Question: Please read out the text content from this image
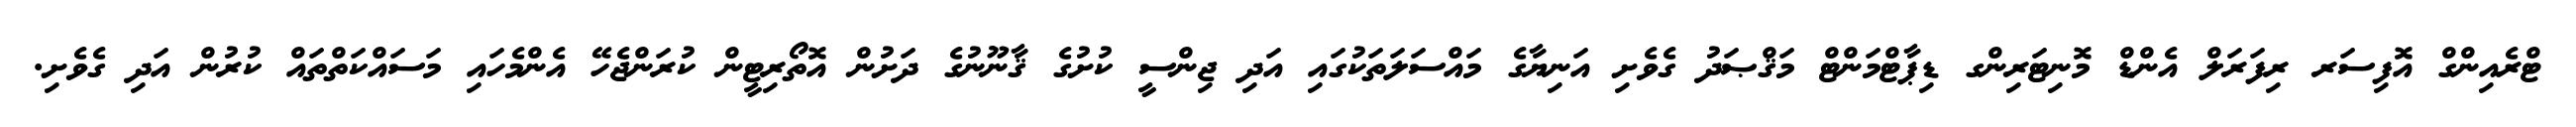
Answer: ޓްރެއިންގް އޮފިސަރ ރިފަރަލް އެންޑް މޮނިޓަރިންގ ޑިޕާޓްމަންޓް މަޤްޞަދު ގެވެށި އަނިޔާގެ މައްސަލަތަކުގައި އަދި ޖިންސީ ކުށުގެ ޤާނޫނުގެ ދަށުން އޮތޯރިޓީން ކުރަންޖެހޭ އެންމެހައި މަސައްކަތްތައް ކުރުން އަދި ގެވެށި.